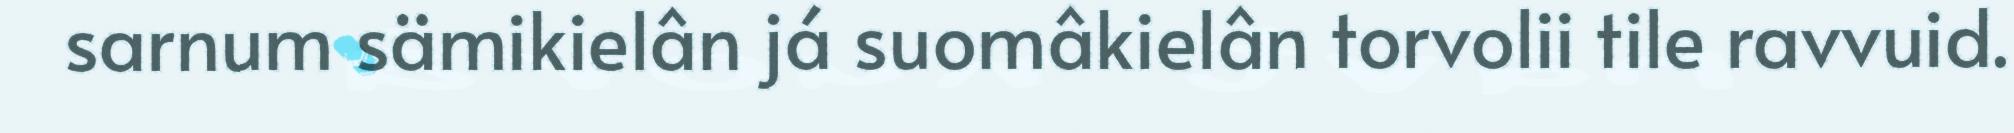
sarnum sämikielân já suomâkielân torvolii tile ravvuid.